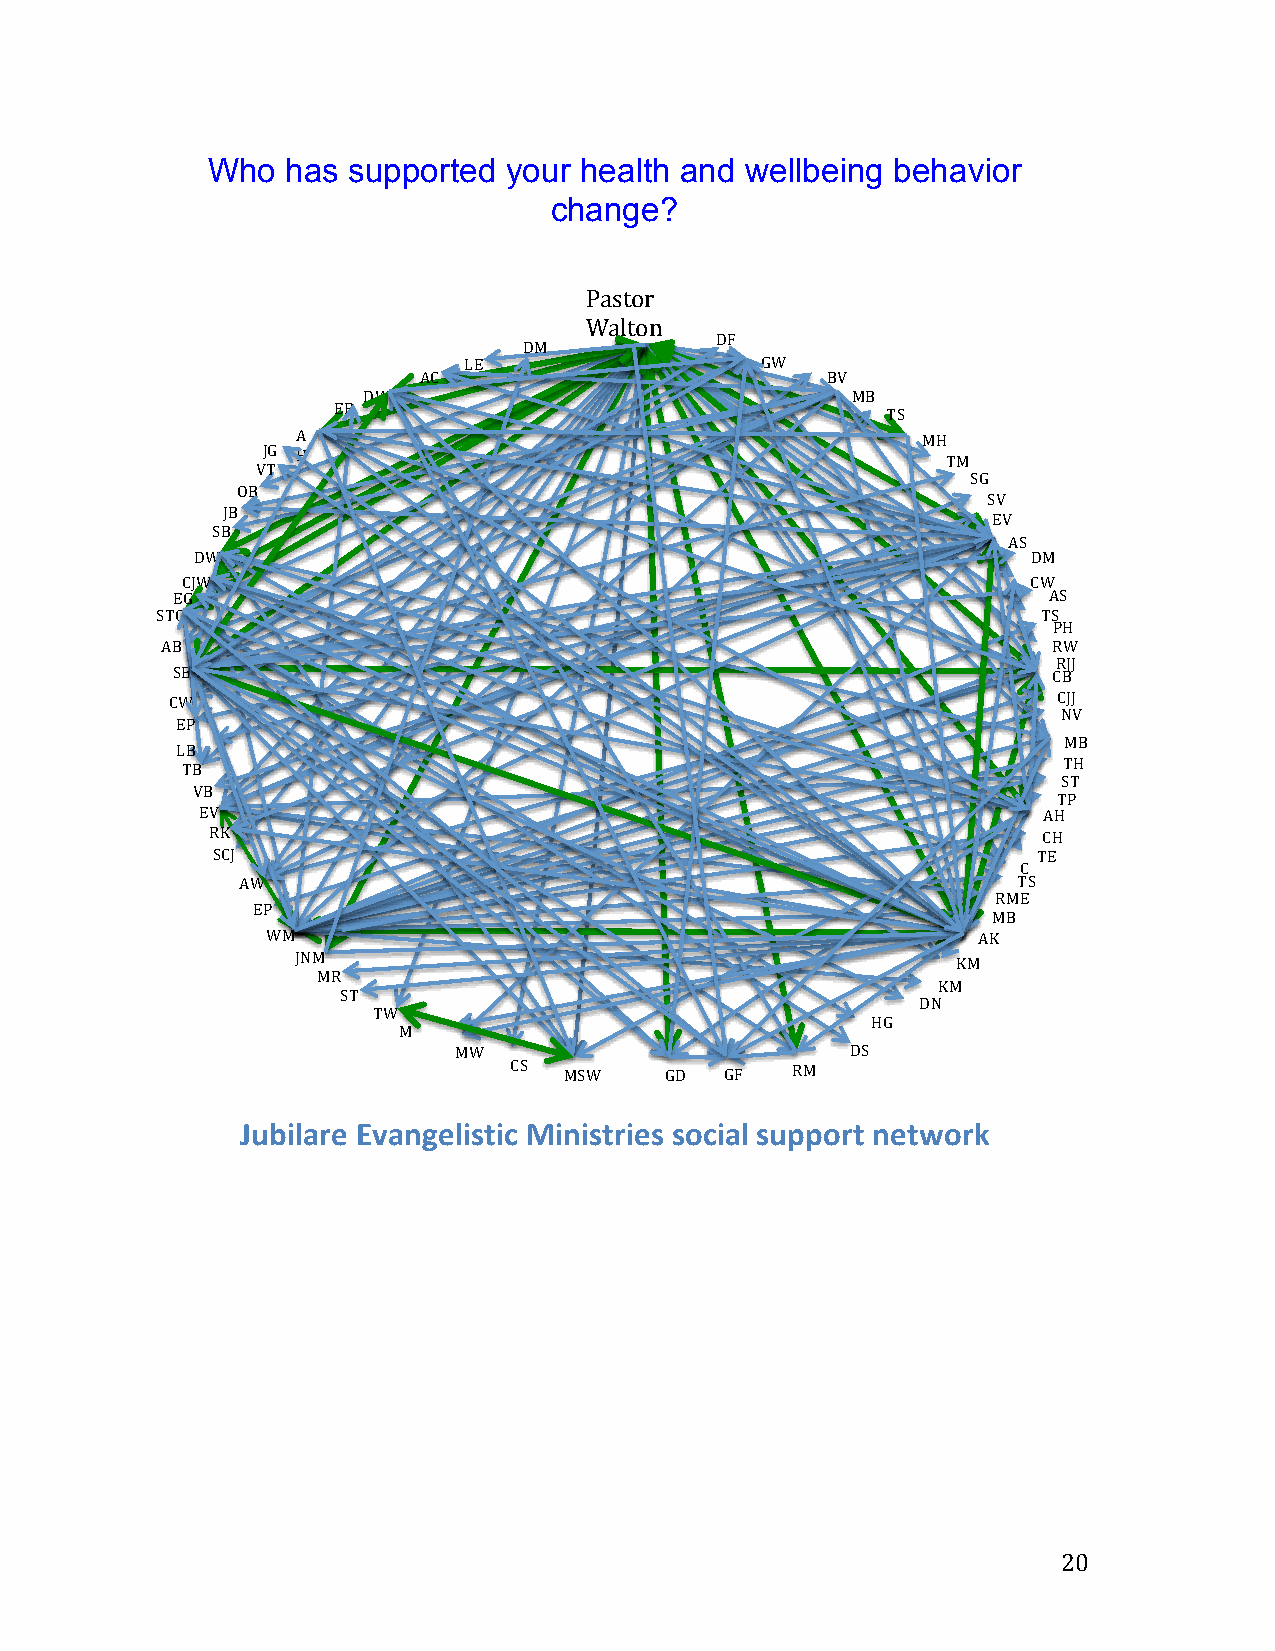
Who  has supported  your health and wellbeing behavior
 change?
 Pastor'
 Walton
 DM  !    !
 DF
 LE                 GW
 AC                         BV
 DW                              MB
 ER
 TS
 A                                        MH
 VJ TG H                                       TM
 SG
 OB
 SV
 JB
 EV
 SB
 AS
 DW                                                     DM
 CJW                                                     CW
 EG                                                        AS
 STG                                                        TS
 PH
 AB                                                         RW
 RJJ
 SB                                                         CB
 CW                                                         CJJ
 NV
 EP
 LB
 MB
 TB
 TH
 ST
 VB
 TP
 EV                                                      AH
 RK                                                     CH
 SCJ                                                    TE
 C
 AW                                                 T WS
 RME
 EP
 MB
 WM                                             AK
 JNM                                        KM
 MR
 ST
 DNK M
 TW
 HG
 M!
 Liles MW                      DS
 CS MSW    GD  GF  RM
 Jubilare&Evangelistic&Ministries&social&support&network&&
 !                                                            20!